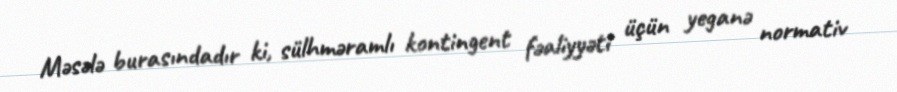
Məsələ burasındadır ki, sülhməramlı kontingent fəaliyyəti üçün yeganə normativ